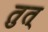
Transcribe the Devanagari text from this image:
तुत्